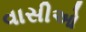
વાસીઓ